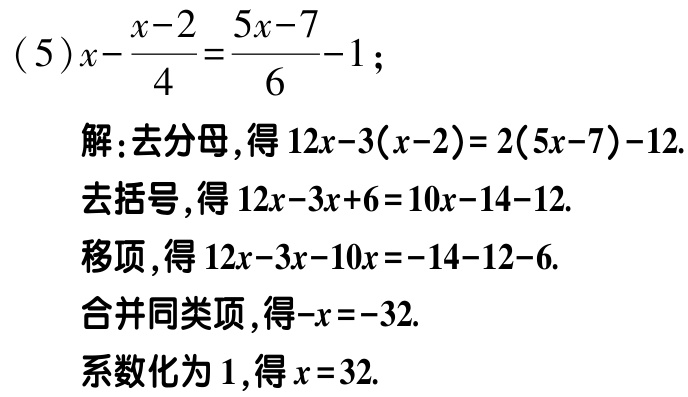
(5)\(x - \frac{x - 2}{4} = \frac{5x - 7}{6} - 1\);

解:去分母,得\(12x - 3(x - 2) = 2(5x - 7) - 12\).

去括号,得\(12x - 3x + 6 = 10x - 14 - 12\).

移项,得\(12x - 3x - 10x = -14 - 12 - 6\).

合并同类项,得\(-x = -32\).

系数化为\(1\),得\(x = 32\).